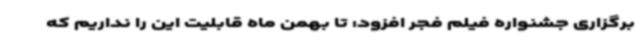
برگزاری جشنواره فیلم فجر افزود: تا بهمن ماه قابلیت این را نداریم که